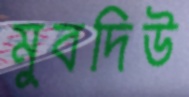
মুবদিউ